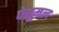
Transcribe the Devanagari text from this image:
पेसूमल